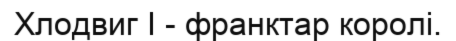
Хлодвиг I - франктар королі.